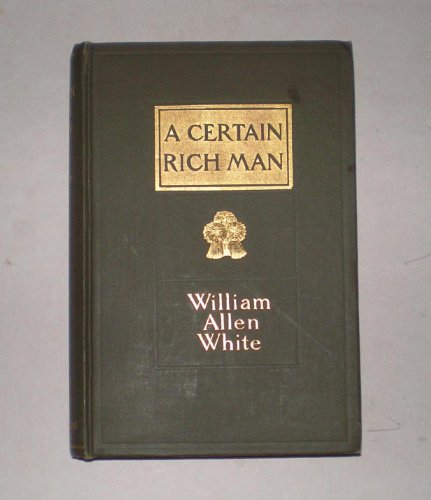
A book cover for A Certain Rich Man; William Allen White; Law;